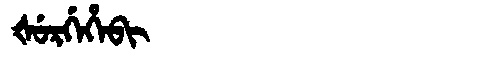
Manchu: ᡧᡠᡵᡤᡝᡥᡝᠪᡳ
Romanization: ŠURGEHEBI